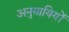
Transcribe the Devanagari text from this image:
अनुयायियों